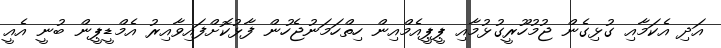
އަދި އެކަމާއި ގުޅިގެން ޖުމުހޫރީގުޅުމާއި ޕީޕީއެމްއިން ހިތްހަމަނުޖެހުން ފާޅުކޮށްފައިވާއިރު އެމްޑީޕީން ބުނީ އެއީ